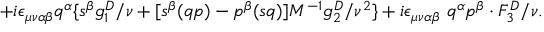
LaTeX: { + i { \epsilon } _ { \mu \nu \alpha \beta } q ^ { \alpha } \{ s ^ { \beta } g _ { 1 } ^ { D } / \nu + [ s ^ { \beta } ( q p ) - p ^ { \beta } ( s q ) ] M ^ { - 1 } g _ { 2 } ^ { D } / { \nu } ^ { 2 } \} + i { \epsilon } _ { \mu \nu \alpha \beta } \ q ^ { \alpha } p ^ { \beta } \cdot F _ { 3 } ^ { D } / \nu . }